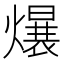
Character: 𪹷